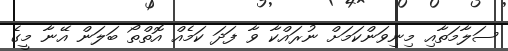
ސަލާމަތާއި މިނިވަންކަމަށް ނުރައްކާ ވާ ފަދަ ކަމެއް އޮތްތޯ ބަލަން އޭނާ މީގެ